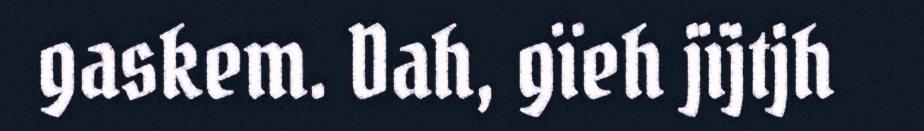
gaskem. Dah, gïeh jïjtjh